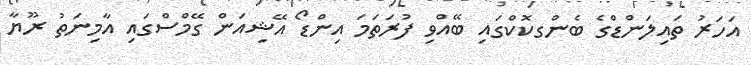
އަހަރު ތައިލަންޑްގެ ބެންގކޮކްގައި ބޭއްވި ފުރަތަމަ އިންޑޯ އޭޝިއަން ގޭމްސްގައި އާމިނަތު ރޫޔާ